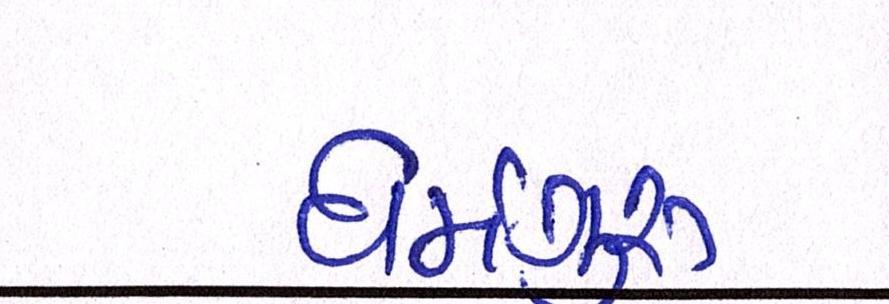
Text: ધર્મગુરૂ